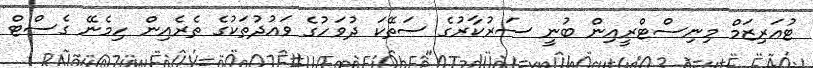
ޓުއަރިޒަމް މިނިސްޓްރީއިން ބުނީ ސަރުކާރުގެ ސަތޭކަ ދުވަހުގެ ވައުދުތަކުގެ ތެރެއިން ހިމެނޭ ގެސްޓް